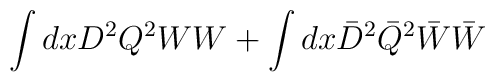
\int {d x D^2 Q^2} W W +  \int {d x \bar{D}^2 \bar{Q}^2} \bar{W} \bar{W}